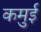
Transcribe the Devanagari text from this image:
कमुई